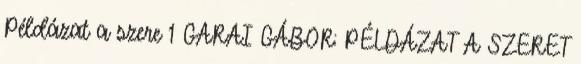
Példázat a szere 1 GARAI GÁBOR: PÉLDÁZAT A SZERET